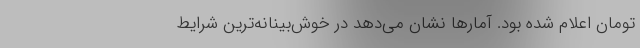
تومان اعلام شده بود. آمارها نشان می‌دهد در خوش‌بینانه‌ترین شرایط